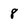
Character: 8